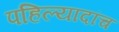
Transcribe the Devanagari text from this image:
पहिल्यादांच